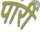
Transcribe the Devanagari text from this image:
पारीं